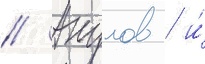
// Акулов / и́